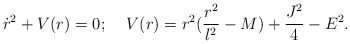
\begin{align*}\dot{r}^2+V(r)=0;\;\;\;\;V(r)=r^2(\frac{r^2}{l^2}-M)+\frac{J^2}{4}-E^2.\end{align*}